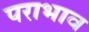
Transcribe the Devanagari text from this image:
पराभाव